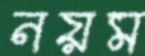
নয়ম